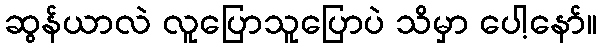
ဆွန်ယာလဲ လူပြောသူပြောပဲ သိမှာ ပေါ့နော်။